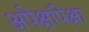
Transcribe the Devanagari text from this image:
अपेक्षांपेक्षा